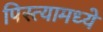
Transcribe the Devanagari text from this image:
पिस्त्यामध्ये